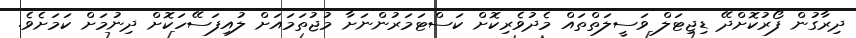
ދިރާގުން ފޯރުކޮށްދޭ ޑިޖިޓަލް ވަސީލަތްތައް މެދުވެރިކޮށް ކަސްޓަމަރުންނަށާ މުޖުތަމައަށް ލުއިފަސޭހަކޮށް ދިނުމަށް ކަމަށެވެ.